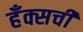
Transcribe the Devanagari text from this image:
हँक्सची